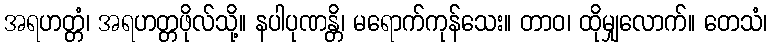
အရဟတ္တံ၊ အရဟတ္တဖိုလ်သို့။ နပါပုဏန္တိ၊ မရောက်ကုန်သေး။ တာဝ၊ ထိုမျှလောက်။ တေသံ၊